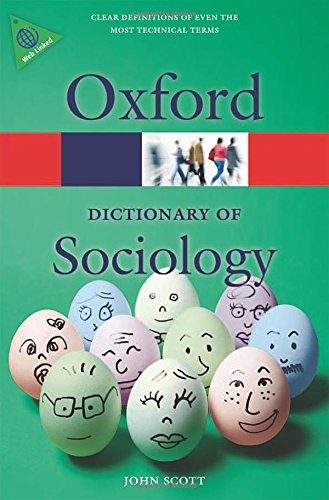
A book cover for A Dictionary of Sociology (Oxford Dictionary of Sociology); John Scott; Politics & Social Sciences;